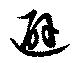
避